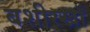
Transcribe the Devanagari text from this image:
बशीरखाँ